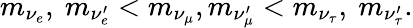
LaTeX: m_{\nu_{e}},\ m_{\nu_{e}^{\prime}}<m_{\nu_{\mu}},m_{\nu_{\mu}^{\prime}}<m_{\nu_{\tau}},\ m_{\nu_{\tau}^{\prime}}.